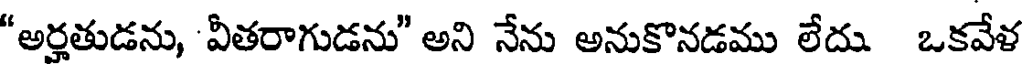
"అర్హతుడను, వీతరాగుడను" అని నేను అనుకొనడము లేదు ఒకవేళ